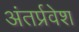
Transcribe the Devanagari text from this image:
अंतर्प्रवेश